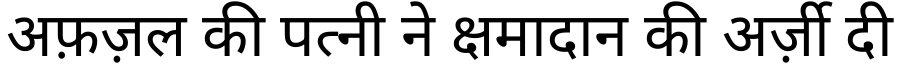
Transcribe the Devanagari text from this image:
अफ़ज़ल की पत्नी ने क्षमादान की अर्ज़ी दी